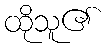
ထိုသူ၏